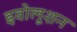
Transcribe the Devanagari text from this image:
इवोलूशन